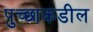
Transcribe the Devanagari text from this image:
पुच्छाकडील